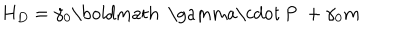
LaTeX: H _ { D } = \gamma _ { 0 } \mathrm { \boldmath ~ \ g a m m a \cdot ~ P ~ } + \gamma _ { 0 } m